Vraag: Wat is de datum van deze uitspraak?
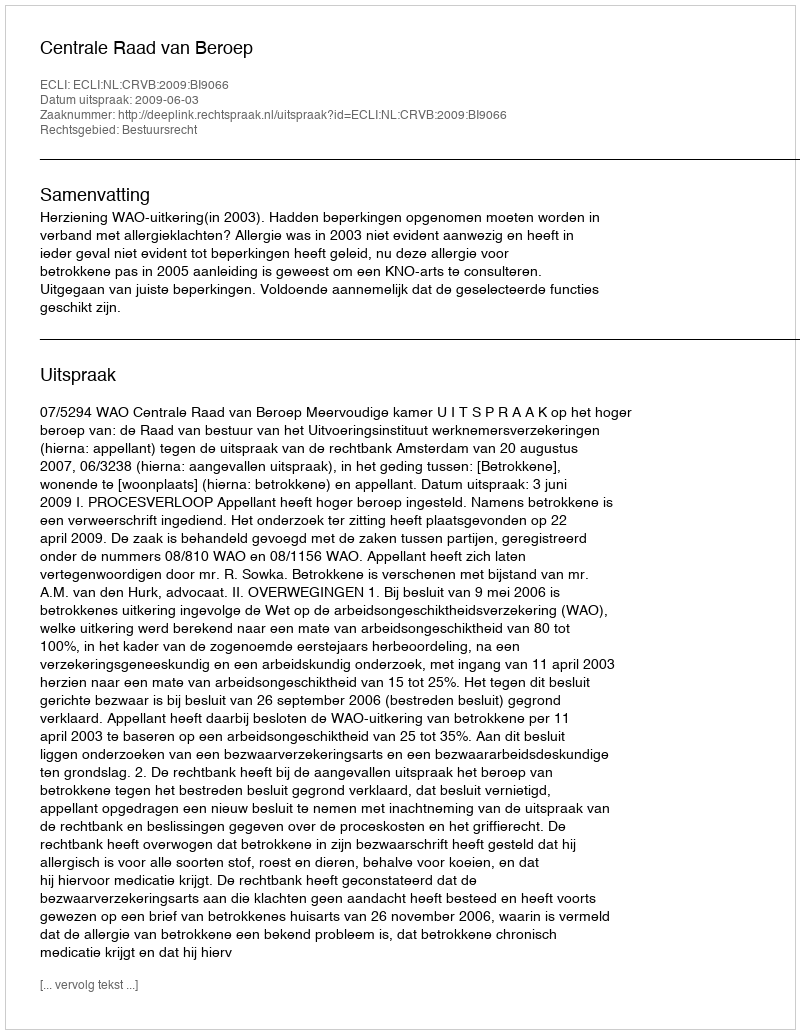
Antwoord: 2009-06-03